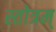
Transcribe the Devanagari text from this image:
स्तोत्रम्